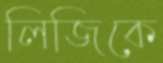
লিজিকে